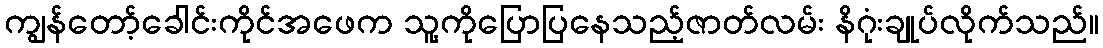
ကျွန်တော့်ခေါင်းကိုင်အဖေက သူ့ကိုပြောပြနေသည့်ဇာတ်လမ်း နိဂုံးချုပ်လိုက်သည်။